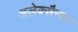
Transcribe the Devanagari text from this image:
अलेक्सैन्दर